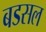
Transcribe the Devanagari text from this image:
बडसल